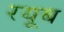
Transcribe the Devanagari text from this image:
रयूब